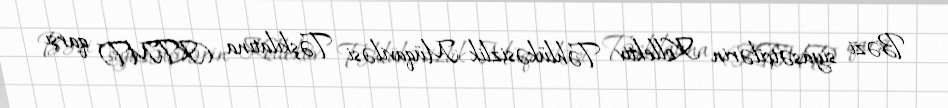
Bəzi siyasətçilərin Kollektiv Təhlükəsizlik Müqaviləsi Təşkilatına (KTMT) qarşı